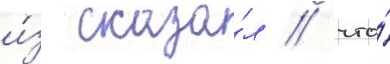
и́з сказа́л / что́